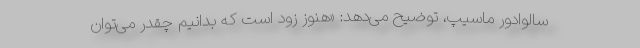
سالوادور ماسیپ، توضیح می‌دهد: «هنوز زود است که بدانیم چقدر می‌توان